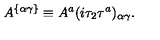
A ^ { \{ \alpha \gamma \} } \equiv { A } ^ { a } ( { i \tau _ { 2 } \tau ^ { a } } ) _ { \alpha \gamma } .